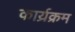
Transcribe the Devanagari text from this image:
कार्य्रक्रम